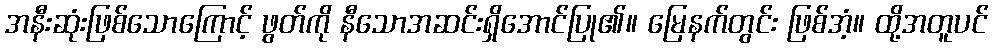
အနီးဆုံးဖြစ်သောကြောင့် ဖွတ်ကို နီသောအဆင်းရှိအောင်ပြု၏။ မြေနက်တွင်း ဖြစ်အံ့။ ထို့အတူပင်